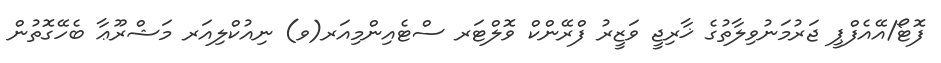
ފޮޓޯ/އޭއެފްޕީ ޖަރުމަނުވިލާތުގެ ޚާރިޖީ ވަޒީރު ފްރޭންކް ވޮލްޓަރ ސްޓެއިންމިއަރ(ވ) ނިއުކްލިއަރ މަޝްރޫޢާ ބެހޭގޮތުން